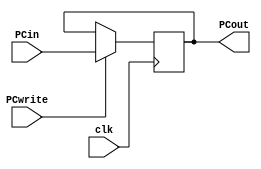
`timescale 1ns / 1ps
//////////////////////////////////////////////////////////////////////////////////
// Company: 
// Engineer: 
// 
// Design Name: 
// Module Name: PC
// Project Name: 
// Target Devices: 
// Tool Versions: 
// Description: 
// 
// Dependencies: 
// 
// Revision:
// Revision 0.01 - File Created
// Additional Comments:
// 
//////////////////////////////////////////////////////////////////////////////////


module PC(
input clk,
input PCwrite,
input [31:0] PCin,
output reg [31:0] PCout);
always@(posedge clk)begin
if(PCwrite)
PCout <= PCin;
end
endmodule